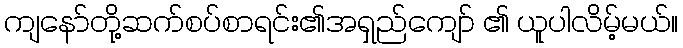
ကျနော်တို့ဆက်စပ်စာရင်း၏အရှည်ကျော် ၏ ယူပါလိမ့်မယ်။